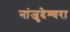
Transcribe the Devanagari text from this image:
नांजुदेश्‍वरा